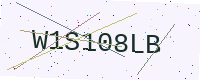
Text: W1S108LB